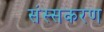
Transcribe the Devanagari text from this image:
संस्सकरण